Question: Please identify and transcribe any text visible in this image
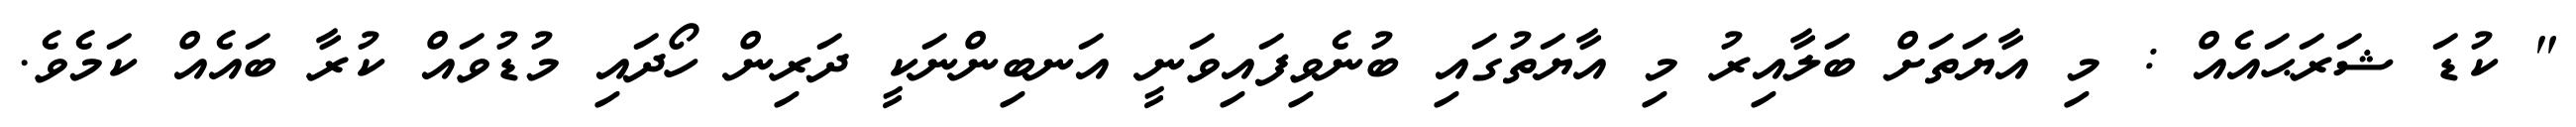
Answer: " ކުޑަ ޝަރަޙައެއް : މި އާޔަތަށް ބަލާއިރު މި އާޔަތުގައި ބުނެވިފައިވަނީ އަނބިންނަކީ ދަރިން ހޯދައި މުޑުވައް ކުރާ ބައެއް ކަމެވެ.